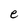
Character: e